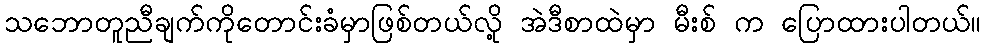
သဘောတူညီချက်ကိုတောင်းခံမှာဖြစ်တယ်လို့ အဲဒီစာထဲမှာ မီးစ် က ပြောထားပါတယ်။